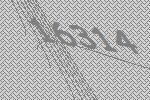
16314